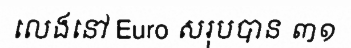
លេងនៅ Euro សរុបបាន ៣១